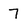
Character: 7